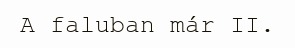
A faluban már II.